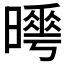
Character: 𣋌